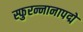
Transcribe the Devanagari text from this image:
स्फुरन्नानापद्मे